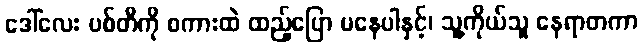
ဒေါ်လေး ပစ်တီကို စကားထဲ ထည့်ပြော မနေပါနှင့်၊ သူ့ကိုယ်သူ နေရာတကာ